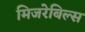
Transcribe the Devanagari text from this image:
मिजरेबिल्स